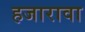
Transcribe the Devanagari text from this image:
हजारावा